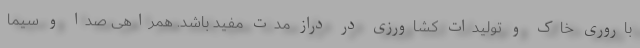
باروری خاک و تولیدات کشاورزی در دراز مدت مفید باشد. همراهی صدا و سیما